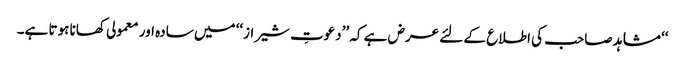
‘‘ مشاہد صاحب کی اطلاع کے لئے عرض ہے کہ ’’دعوتِ شیراز‘‘ میں سادہ اور معمولی کھانا ہوتا ہے۔